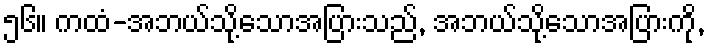
၅၆။ ကထံ-အဘယ်သို့သောအပြားသည်, အဘယ်သို့သောအပြားကို,